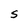
Character: S